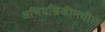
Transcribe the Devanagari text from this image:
अभियन्त्रिकीमधील